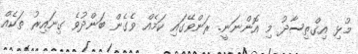
މުޅި އިގްތިސާދު މި އޮންނަނީ. ރަންވޭގައި ކަމެއް ވެގެން ބަންދުވެ ގިނައިރު ތަކެއް